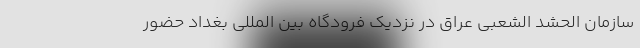
سازمان الحشد الشعبی عراق در نزدیک فرودگاه بین‌ المللی بغداد حضور